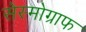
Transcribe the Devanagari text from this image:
सेस्मोग्राफ